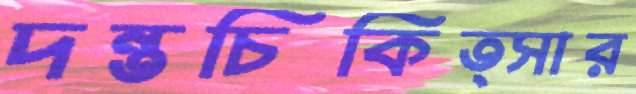
দন্তচিকিত্সার